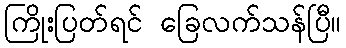
ကြိုးပြတ်ရင် ခြေလက်သန်ပြီ။